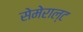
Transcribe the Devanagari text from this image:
सेमेराल्ट